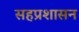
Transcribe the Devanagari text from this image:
सहप्रशासन